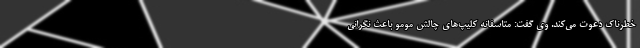
خطرناک دعوت می‌کند. وی گفت: متاسفانه کلیپ‌های چالش مومو باعث نگرانی